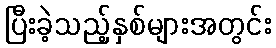
ပြီးခဲ့သည့်နှစ်များအတွင်း